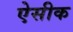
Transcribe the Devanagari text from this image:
ऐसीक